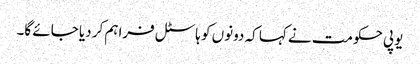
یوپی حکومت نے کہا کہ دونوں کو ہاسٹل فراہم کر دیا جائے گا۔